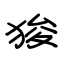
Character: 狻